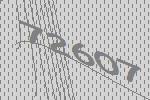
72607